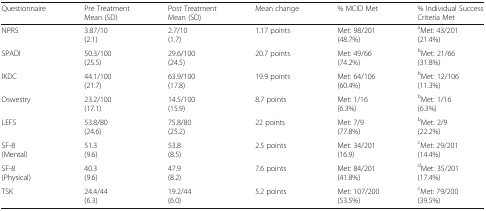
<table><thead><tr><td><b>Questionnaire</b></td><td><b>Pre Treatment Mean (SD)</b></td><td><b>Post Treatment Mean (SD)</b></td><td><b>Mean change</b></td><td><b>% MCID Met</b></td><td><b>% Individual Success Criteria Met</b></td></tr></thead><tbody><tr><td>NPRS</td><td>3.87/10(2.1)</td><td>2.7/10(1.7)</td><td>1.17 points</td><td>Met: 98/201(48.7%)</td><td><sup>a</sup>Met: 43/201(21.4%)</td></tr><tr><td>SPADI</td><td>50.3/100(25.5)</td><td>29.6/100(24.5)</td><td>20.7 points</td><td>Met: 49/66(74.2%)</td><td><sup>b</sup>Met: 21/66(31.8%)</td></tr><tr><td>IKDC</td><td>44.1/100(21.7)</td><td>63.9/100(17.8)</td><td>19.9 points</td><td>Met: 64/106(60.4%)</td><td><sup>b</sup>Met: 12/106(11.3%)</td></tr><tr><td>Oswestry</td><td>23.2/100(17.1)</td><td>14.5/100(15.9)</td><td>8.7 points</td><td>Met: 1/16(6.3%)</td><td><sup>b</sup>Met: 1/16(6.3%)</td></tr><tr><td>LEFS</td><td>53.8/80(24.6)</td><td>75.8/80(25.2)</td><td>22 points</td><td>Met: 7/9(77.8%)</td><td><sup>b</sup>Met: 2/9(22.2%)</td></tr><tr><td>SF-8(Mental)</td><td>51.3(9.6)</td><td>53.8(8.5)</td><td>2.5 points</td><td>Met: 34/201(16.9)</td><td><sup>c</sup>Met: 29/201(14.4%)</td></tr><tr><td>SF-8(Physical)</td><td>40.3(9.6)</td><td>47.9(8.2)</td><td>7.6 points</td><td>Met: 84/201(41.8%)</td><td><sup>d</sup>Met: 35/201(17.4%)</td></tr><tr><td>TSK</td><td>24.4/44(6.3)</td><td>19.2/44(6.0)</td><td>5.2 points</td><td>Met: 107/200(53.5%)</td><td><sup>c</sup>Met: 79/200(39.5%)</td></tr></tbody></table>